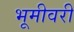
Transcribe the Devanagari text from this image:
भूमीवरी